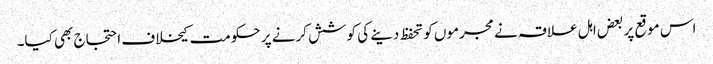
اس موقع پر بعض اہل علاقہ نے مجرموں کو تحفظ دینے کی کوشش کرنے پر حکومت کیخلاف احتجاج بھی کیا۔